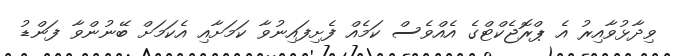
ވިދާޅުވާއިރު އެ ޕްރޮޖެކްޓްގެ އެއްވެސް ކަމެއް ފެށިފައިނުވާ ކަމަށާއި އެކަމަށް ބޭނުންވާ ފަންޑު